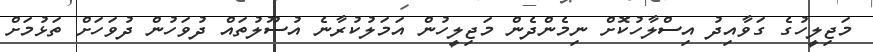
މަޖިލީހުގެ ގަވާއިދު އިސްލާހުކޮށް ނިމެންދެން މަޖިލީހުން އަމަލުކުރާނެ އުސޫލުތައް ދުވަހުން ދުވަހަށް ތަޅުމަށް